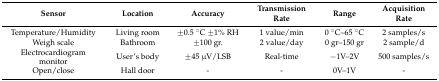
<table><thead><tr><td><b>Sensor</b></td><td><b>Location</b></td><td><b>Accuracy</b></td><td><b>Transmission Rate</b></td><td><b>Range</b></td><td><b>Acquisition Rate</b></td></tr></thead><tbody><tr><td>Temperature/Humidity</td><td>Living room</td><td>±0.5 °C ±1% RH</td><td>1 value/min</td><td>0 °C–65 °C</td><td>2 samples/s</td></tr><tr><td>Weigh scale</td><td>Bathroom</td><td>±100 gr.</td><td>2 value/day</td><td>0 gr–150 gr</td><td>2 sample/d</td></tr><tr><td>Electrocardiogram monitor</td><td>User’s body</td><td>±45 μV/LSB</td><td>Real-time</td><td>−1V–2V</td><td>500 samples/s</td></tr><tr><td>Open/close</td><td>Hall door</td><td>-</td><td>-</td><td>0V–1V</td><td>-</td></tr></tbody></table>